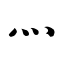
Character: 灬